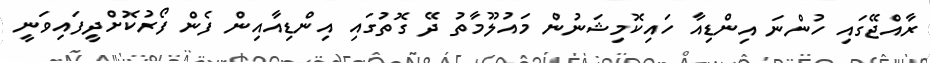
ރާއްޖޭގައި ހުންނަ އިންޑިއާ ހައިކޮމިޝަނުން މައުލޫމާތު ދޭ ގޮތުގައި އިންޑިއާއިން ފެން ފޯރުކޮށްދީފައިވަނީ